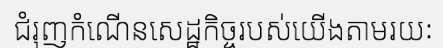
ជំរុញកំណើនសេដ្ឋកិច្ចរបស់យើងតាមរយៈ